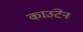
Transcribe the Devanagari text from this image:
काउंटेन